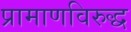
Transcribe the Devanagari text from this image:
प्रामाणविरुद्ध